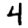
Digit: 4